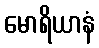
မောရိယာနံ